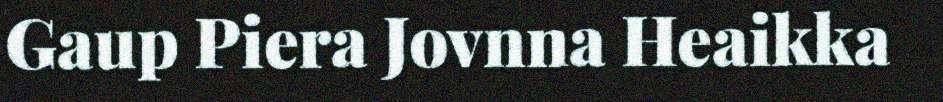
Gaup Piera Jovnna Heaikka